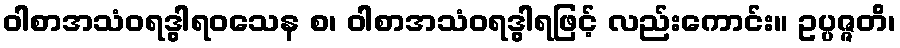
ဝါစာအသံဝရဒွါရဝသေန စ၊ ဝါစာအသံဝရဒွါရဖြင့် လည်းကောင်း။ ဥပ္ပဇ္ဇတိ၊